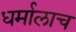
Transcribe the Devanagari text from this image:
धर्मालाच